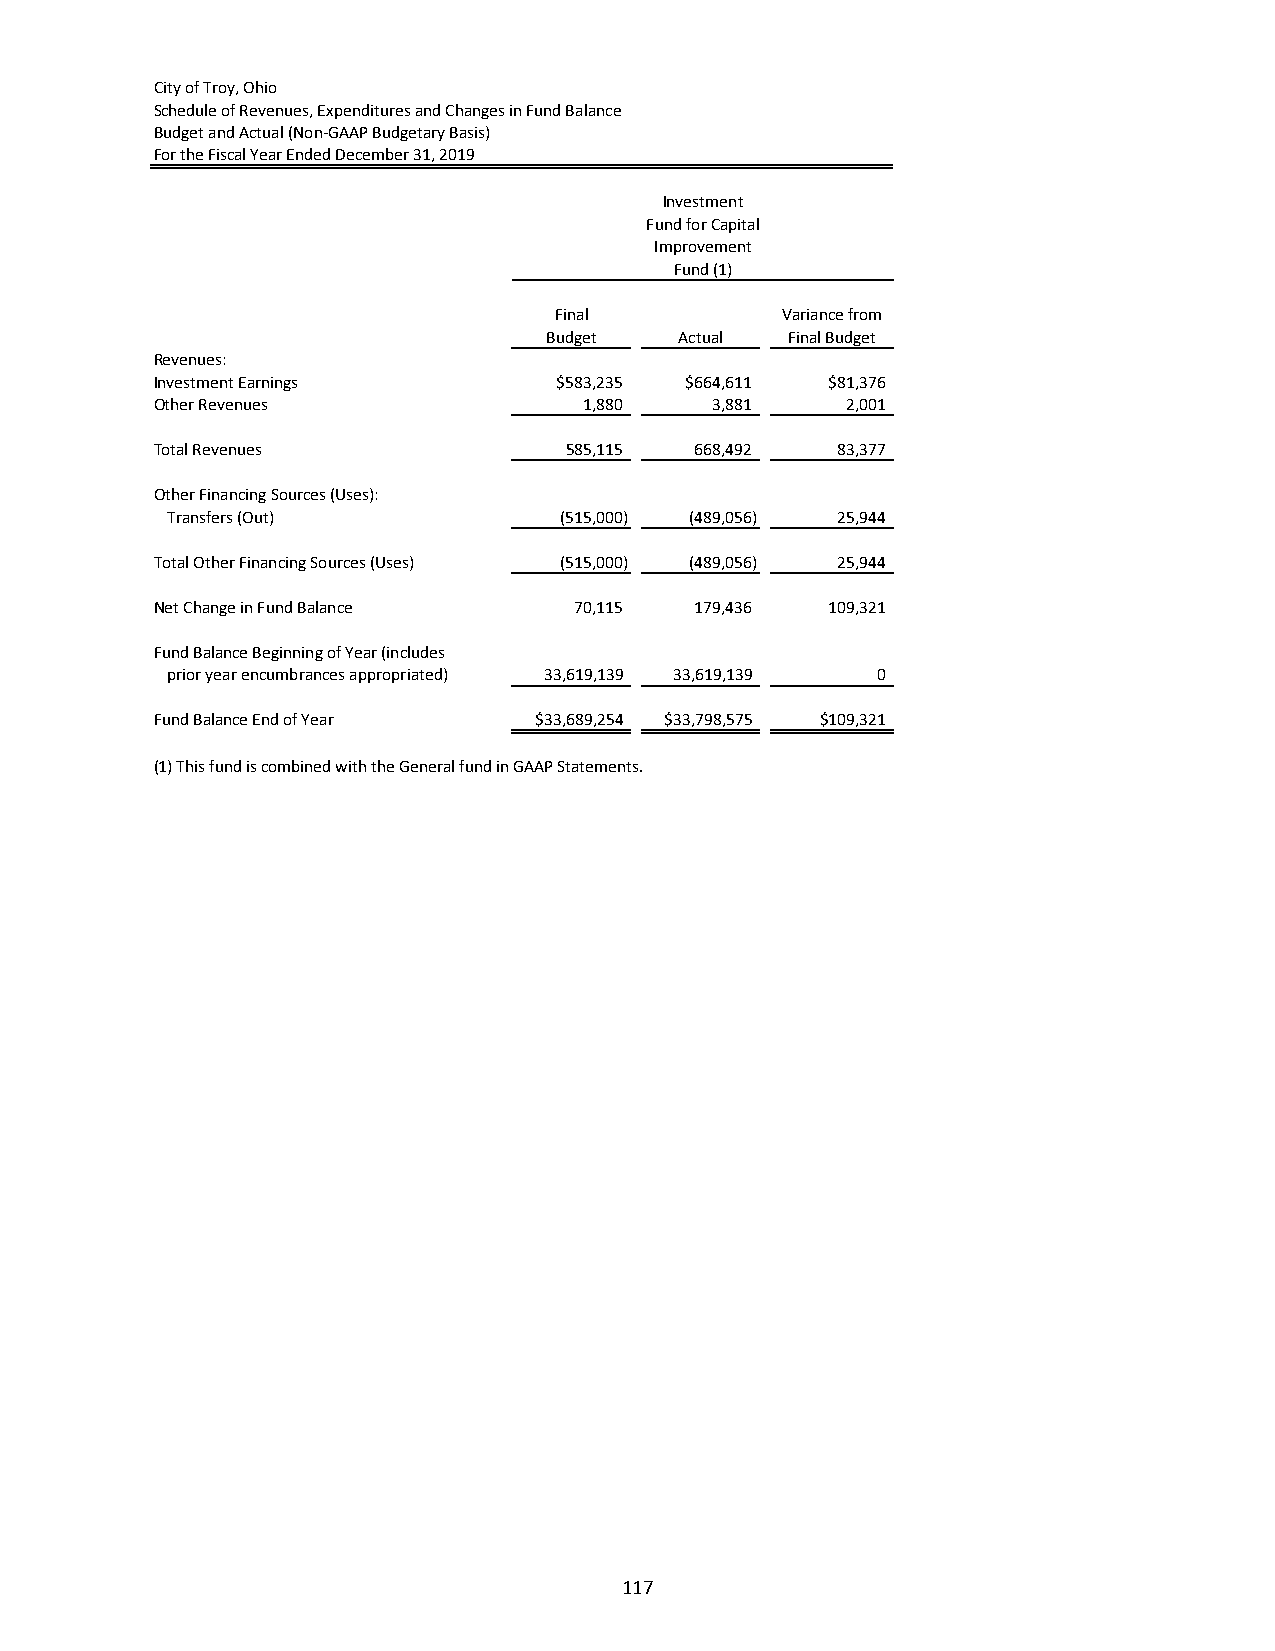
City of Troy, Ohio
 Schedule of Revenues, Expenditures and Changes in Fund Balance
 Budget and Actual (Non‐GAAP Budgetary Basis)
 For the Fiscal Year Ended December 31, 2019
 Investment
 Fund for Capital
 Improvement
 Fund (1)
 Final          Variance from
 Budget   Actual Final Budget
 Revenues:
 Investment Earnings        $583,235 $664,611 $81,376
 Other Revenues               1,880   3,881    2,001
 Total Revenues             585,115  668,492  83,377
 Other Financing Sources (Uses):
 Transfers (Out)           (515,000) (489,056) 25,944
 Total Other Financing Sources (Uses) (515,000) (489,056) 25,944
 Net Change in Fund Balance  70,115  179,436  109,321
 Fund Balance Beginning of Year (includes
 prior year encumbrances appropriated) 33,619,139 33,619,139 0
 Fund Balance End of Year $33,689,254 $33,798,575 $109,321
 (1) This fund is combined with the General fund in GAAP Statements.
 117